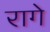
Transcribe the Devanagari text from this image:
रागे